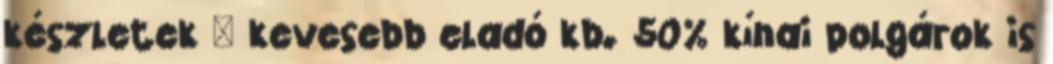
készletek – kevesebb eladó kb. 50% kínai polgárok is